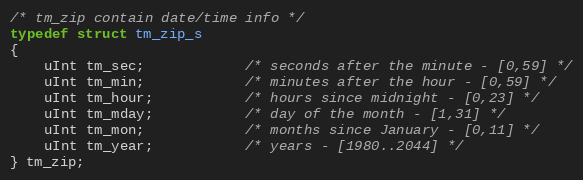
Language: C
/* tm_zip contain date/time info */
typedef struct tm_zip_s
{
    uInt tm_sec;            /* seconds after the minute - [0,59] */
    uInt tm_min;            /* minutes after the hour - [0,59] */
    uInt tm_hour;           /* hours since midnight - [0,23] */
    uInt tm_mday;           /* day of the month - [1,31] */
    uInt tm_mon;            /* months since January - [0,11] */
    uInt tm_year;           /* years - [1980..2044] */
} tm_zip;